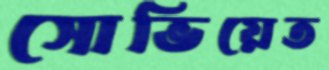
সোভিয়েত